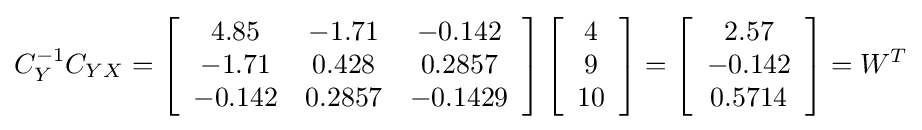
C_{Y}^{-1}C_{YX}=\left[{\begin{array}{ccc}4.85&-1.71&-0.142\\-1.71&0.428&0.2857\\-0.142&0.2857&-0.1429\end{array}}\right]\left[{\begin{array}{c}4\\9\\10\end{array}}\right]=\left[{\begin{array}{c}2.57\\-0.142\\0.5714\end{array}}\right]=W^{T}